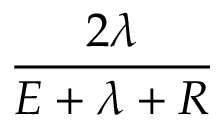
\frac { 2 \lambda } { E + \lambda + R }